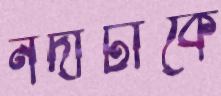
নদীটাকে